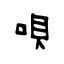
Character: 唄